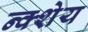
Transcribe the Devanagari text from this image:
न्क्शेय